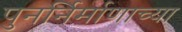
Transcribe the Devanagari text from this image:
पुनर्निर्माणाच्या